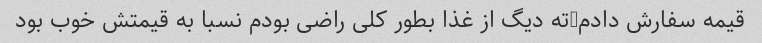
قیمه سفارش دادم-ته دیگ از غذا بطور کلی راضی بودم نسبا به قیمتش خوب بود